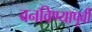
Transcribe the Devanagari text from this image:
बनविण्यापूर्वी